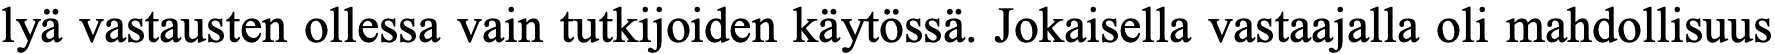
lyä vastausten ollessa vain tutkijoiden käytössä. Jokaisella vastaajalla oli mahdollisuus